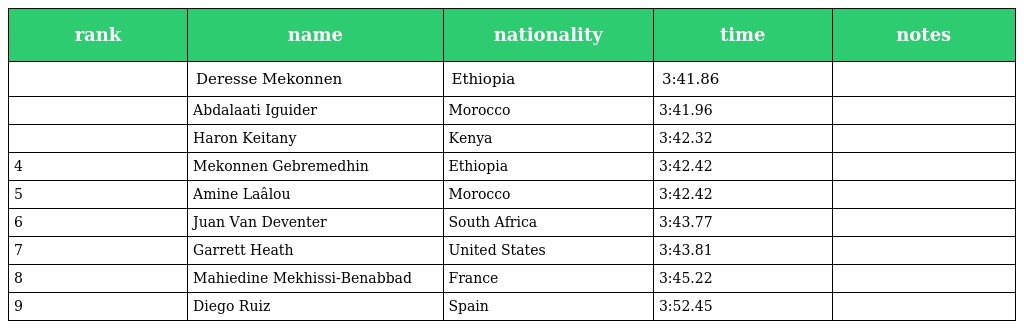
| rank | name | nationality | time | notes |
 | --- | --- | --- | --- | --- |
 |  | Deresse Mekonnen | Ethiopia | 3:41.86 |  |
 |  | Abdalaati Iguider | Morocco | 3:41.96 |  |
 |  | Haron Keitany | Kenya | 3:42.32 |  |
 | 4 | Mekonnen Gebremedhin | Ethiopia | 3:42.42 |  |
 | 5 | Amine Laâlou | Morocco | 3:42.42 |  |
 | 6 | Juan Van Deventer | South Africa | 3:43.77 |  |
 | 7 | Garrett Heath | United States | 3:43.81 |  |
 | 8 | Mahiedine Mekhissi-Benabbad | France | 3:45.22 |  |
 | 9 | Diego Ruiz | Spain | 3:52.45 |  |